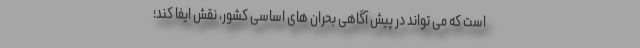
است که می تواند در پیش آگاهی بحران های اساسی کشور، نقش ایفا کند؛